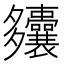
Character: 𫯚